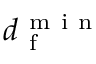
d _ { \mathrm { ~ f ~ } } ^ { \mathrm { ~ m ~ i ~ n ~ } }